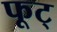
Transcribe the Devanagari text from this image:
फूट्